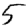
Digit: 5